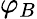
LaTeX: \varphi_{B}